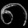
Digit: ၈